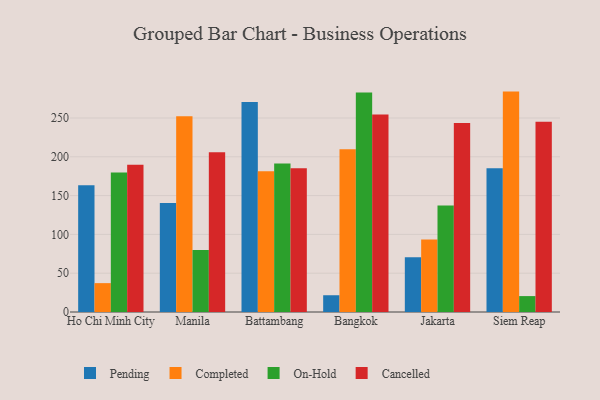
{"axis": {"x": "City", "y": "Conversion Rate (%)"}, "legend": ["Cancelled", "Completed", "On-Hold", "Pending"], "data": [{"x": "Ho Chi Minh City", "y": 163.2, "type": "Pending"}, {"x": "Ho Chi Minh City", "y": 37.2, "type": "Completed"}, {"x": "Ho Chi Minh City", "y": 179.6, "type": "On-Hold"}, {"x": "Ho Chi Minh City", "y": 189.9, "type": "Cancelled"}, {"x": "Manila", "y": 140.6, "type": "Pending"}, {"x": "Manila", "y": 252.3, "type": "Completed"}, {"x": "Manila", "y": 79.9, "type": "On-Hold"}, {"x": "Manila", "y": 205.7, "type": "Cancelled"}, {"x": "Battambang", "y": 270.5, "type": "Pending"}, {"x": "Battambang", "y": 181.3, "type": "Completed"}, {"x": "Battambang", "y": 191.5, "type": "On-Hold"}, {"x": "Battambang", "y": 185.1, "type": "Cancelled"}, {"x": "Bangkok", "y": 21.6, "type": "Pending"}, {"x": "Bangkok", "y": 209.8, "type": "Completed"}, {"x": "Bangkok", "y": 282.9, "type": "On-Hold"}, {"x": "Bangkok", "y": 254.4, "type": "Cancelled"}, {"x": "Jakarta", "y": 70.5, "type": "Pending"}, {"x": "Jakarta", "y": 93.4, "type": "Completed"}, {"x": "Jakarta", "y": 137.3, "type": "On-Hold"}, {"x": "Jakarta", "y": 243.7, "type": "Cancelled"}, {"x": "Siem Reap", "y": 185.1, "type": "Pending"}, {"x": "Siem Reap", "y": 284.0, "type": "Completed"}, {"x": "Siem Reap", "y": 20.5, "type": "On-Hold"}, {"x": "Siem Reap", "y": 245.0, "type": "Cancelled"}]}